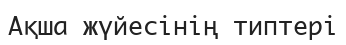
Ақша жүйесінің типтері